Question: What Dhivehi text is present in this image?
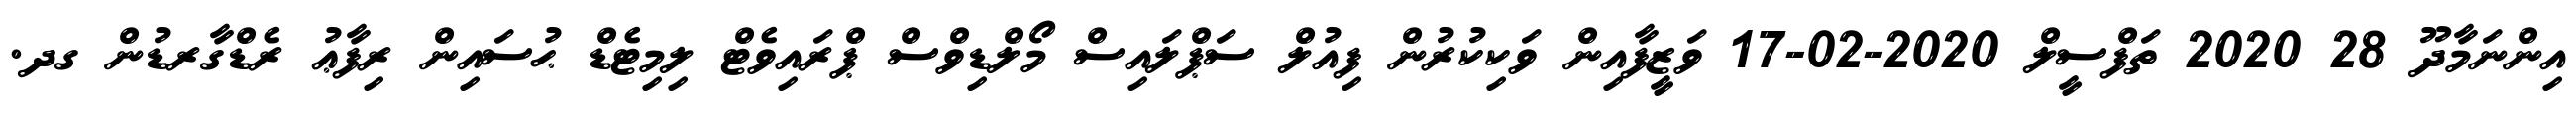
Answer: އިންނަމާދޫ 28 2020 ތަފްސީލް 2020-02-17 ވަޒީފާއިން ވަކިކުރުން ފިއުލް ސަޕްލައިސް މޯލްޑިވްސް ޕްރައިވެޓް ލިމިޓެޑް ޙުސައިން ރިފާޢު ރެޑްގާރޑުން ގދ.